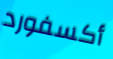
أكسفورد